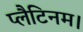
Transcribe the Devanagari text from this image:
प्लैटिनम।